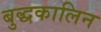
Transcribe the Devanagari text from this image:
बुद्धकालिन